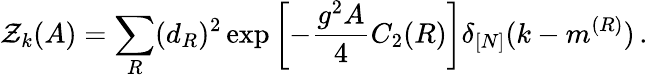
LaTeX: {\cal Z}_{k}(A)=\sum_{R}(d_{R})^{2}\exp\left[-\frac{g^{2}A}{4}C_{2}(R)\right]\delta_{[N]}(k-m^{(R)})\, .